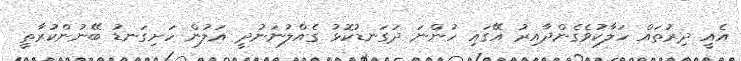
އެއީ ދިރުތައް ހަލާކުވެގެންދާއިރު އޭގައި ހުންނަ ދަގަނޑުކޮޅު ގެއްލުނަނުދީ އަލުން ހަށިގަނޑު ބޭނުންކުރާތީ